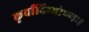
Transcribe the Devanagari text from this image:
कृर्वादिभ्योण्यः।